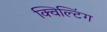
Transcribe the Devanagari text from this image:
क्विल्टिंग